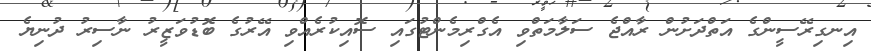
އިނގިރޭސީންގެ އަތްދަށުން ރާއްޖެ ސަލާމަތްވި އެގްރިމެންޓުގައި ސޮއިކުރެއްވި އޭރުގެ ބޮޑުވަޒީރު ނާސިރު ދުނިޔެ